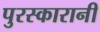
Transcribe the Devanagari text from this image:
पुरस्कारानी